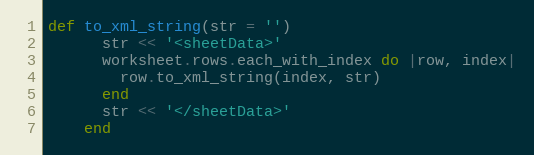
Language: Ruby
def to_xml_string(str = '')
      str << '<sheetData>'
      worksheet.rows.each_with_index do |row, index|
        row.to_xml_string(index, str)
      end
      str << '</sheetData>'
    end